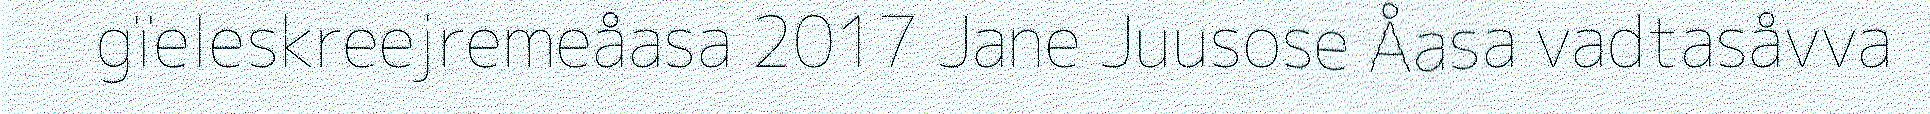
gïeleskreejremeåasa 2017 Jane Juusose Åasa vadtasåvva